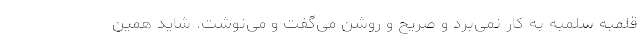
قلمبه سلمبه به کار نمی‌برد و صریح و روشن می‌گفت و می‌نوشت. شاید همین